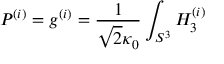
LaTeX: P ^ { ( i ) } = g ^ { ( i ) } = \frac { 1 } { \sqrt { 2 } \kappa _ { 0 } } \int _ { S ^ { 3 } } H _ { 3 } ^ { ( i ) }